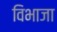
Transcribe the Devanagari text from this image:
विभाजा